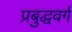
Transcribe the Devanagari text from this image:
प्रबुद्धवर्ग